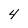
Character: 4